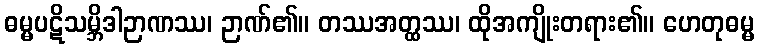
ဓမ္မပဋိသမ္ဘိဒါဉာဏဿ၊ ဉာဏ်၏။ တဿအတ္ထဿ၊ ထိုအကျိုးတရား၏။ ဟေတုဓမ္မ